Report of the Indian Hemp Drugs Commission, 1894-1895 - Volume V
Year: 1894
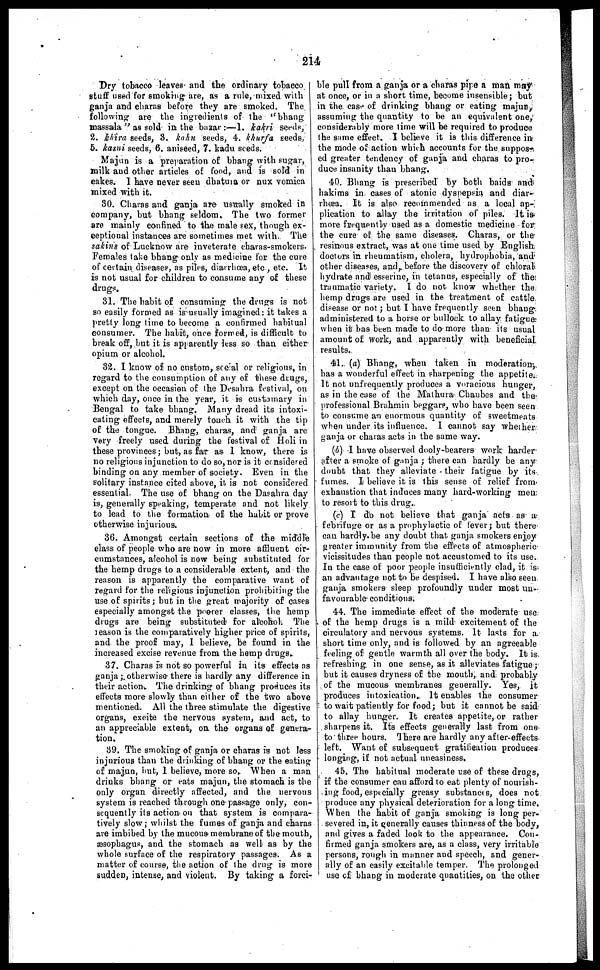
214
Dry tobacco leaves and the ordinary tobacco I
stuff used for smoking are, as a rule, mixed with
ganja and charas before they are smoked. The
following are the ingredients of the ''bhang
massala" as sold in the bazar :—1. kakri seeds,
2. khira seeds, 3. kahu seeds, 4. khurfa seeds,
5. kasni seeds, 6. aniseed, 7. kadu seeds.
Majun is a preparation of bhang with sugar,
milk and other articles of food, and is sold in
cakes. I have never seen dhatura or nux vomica
mixed with it.
30. Charas and ganja are usually smoked in
company, but bhang seldom. The two former
are mainly confined to the male sex, though ex-
ceptional instances are sometimes met with. The
sakins of Lucknow are inveterate charas-smokers.
Females take bhang only as medicine for the cure
of certain diseases, as piles, diarrhoea, etc., etc. It
is not usual for children to consume any of these
drugs,
31. The habit of consuming the drugs is not
so easily formed as is usually imagined : it takes a
pretty long time to become a confirmed habitual
consumer. The habit, once formed, is difficult to
break off, but it is apparently less so than either
opium or alcohol.
32. I know of no custom, social or religious, in
regard to the consumption of any of these drugs,
except on the occasion of the Desahra festival, on
which day, once in the year, it is customary in
Bengal to take bhang. Many dread its intoxi-
cating effects, and merely touch it with the tip
of the tongue. Bhang, charas, and ganja are
very freely used during the festival of Holi in
these provinces ; but, as far as I know, there is
no religions injunction to do so, nor is it considered
binding on any member of society. Even in the
solitary instance cited above, it is not considered
essential. The use of bhang on the Dasahra day
is, generally speaking, temperate and not likely
to lead to the formation of the habit or prove
otherwise injurious.
36. Amongst certain sections of the middle
class of people who are now in more affluent cir-
cumstances, alcohol is now being substituted for
the hemp drugs to a considerable extent, and the
reason is apparently the comparative want of
regard for the religious injunction prohibiting the
use of spirits ; but in the great majority of cases
especially amongst the poorer classes, the hemp
drugs are being substituted for alcohol. The
reason is the comparatively higher price of spirits,
and the proof may, I believe, be found in the
increased excise revenue from the hemp drugs.
37. Charas is not so powerful in its effects as
ganja ; otherwise there is hardly any difference in
their action. The drinking of bhang produces its
effects more slowly than either of the two above
mentioned. All the three stimulate the digestive
organs, excite the nervous system, and act, to
an appreciable extent, on the organs of genera-
tion.
39. The smoking of ganja or charas is not less
injurious than the drinking of bhang or the eating
of majun, but, I believe, more so. When a man
drinks bhang or eats majun, the stomach is the
only organ directly affected, and the nervous
system is reached through one passage only, con-
sequently its action on that system is compara-
tively slow ; whilst the fumes of ganja and charas
are imbibed by the mucous membrane of the mouth,
æsophagus, and the stomach as well as by the
whole surface of the respiratory passages. As a
matter of course, the action of the drug is more
sudden, intense, and violent. By taking a forci-
ble pull from a ganja or a charas pipe a man may
at once, or in a short time, become insensible ; but
in the case of drinking bhang or eating majun,
assuming the quantity to be an equivalent one,
considerably more time will be required to produce
the same effect. I believe it is this difference in
the mode of action which accounts for the suppos-
ed greater tendency of ganja and charas to pro-
duce insanity than bhang.
40. Bhang is prescribed by both baids and
hakims in cases of atonic dyspepsia and diar-
rhœa. It is also recommended as a local ap-
plication to allay the irritation of piles. It is
more frequently used as a domestic medicine for
the cure of the same diseases. Charas, or the
resinous extract, was at one time used by English
doctors in rheumatism, cholera, hydrophobia, and
other diseases, and, before the discovery of chloral
hydrate and esserine, in tetanus, especially of the
traumatic variety. I do not know whether the
hemp drugs are used in the treatment of cattle
disease or not ; but I have frequently seen bhang
administered to a horse or bullock to allay fatigue
when it has been made to do more than its usual
amount of work, and apparently with beneficial
results.
41. (a) Bhang, when taken in moderation,
has a wonderful effect in sharpening the appetite.
It not unfrequently produces a voracious hunger,
as in the ease of the Mathura Chaubes and the
professional Brahmin beggars, who have been seen
to consume an enormous quantity of sweetmeats
when under its influence. I cannot say whether
ganja or charas acts in the same way.
(b) I have observed dooly-bearers work harder
after a smoke of ganja ; there can hardly be any
doubt that they alleviate their fatigue by its
fumes. I believe it is this sense of relief from
exhaustion that induces many hard-working men
I to resort to this drug.
(c) I do not believe that ganja acts as a
febrifuge or as a prophylactic of fever ; but there
can hardly be any doubt that ganja smokers enjoy
greater immunity from the effects of atmospheric
vicissitudes than people not accustomed to its use.
In the case of poor people insufficiently clad, it is
an advantage not to be despised. I have also seen
ganja smokers sleep profoundly under most un-
favourable conditions.
44. The immediate effect of the moderate use
of the hemp drugs is a mild excitement of the
circulatory and nervous systems. It lasts for a
short time only, and is followed by an agreeable
feeling of gentle warmth all over the body. It is
refreshing in one sense, as it alleviates fatigue ;
but it causes dryness of the mouth, and probably
of the mucous membranes generally. Yes, it
produces intoxication. It enables the consumer
to wait patiently for food; but it cannot be said
to allay hunger. It creates appetite, or rather
sharpens it. Its effects generally last from one
to three hours. There are hardly any after effects
left. Want of subsequent gratification produces
longing, if not actual uneasiness,
45. The habitual moderate use of these drugs,
if the consumer can afford to eat plenty of nourish-
ing food, especially greasy substances, does not
produce any physical deterioration for a long time.
When the habit of ganja smoking is long per-
severed in, it generally causes thinness of the body,
and gives a faded look to the appearance. Con-
firmed ganja smokers are, as a class, very irritable
persons, rough in manner and speech, and gener-
ally of an easily excitable temper. The prolonged
use of bhang in moderate quantities, on the other